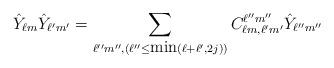
LaTeX: \begin{align*}\hat{Y}_{\ell m} \hat{Y}_{\ell' m'} = \sum_{\ell'' m'', (\ell'' \leq \mbox{min}(\ell + \ell',2j))} C^{\ell'' m''}_{\ell m,\ell'm'} \hat{Y}_{\ell'' m''}\end{align*}